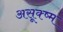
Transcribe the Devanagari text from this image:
असूक्ष्म